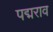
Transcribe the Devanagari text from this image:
पद्मराव